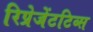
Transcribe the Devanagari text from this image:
रिप्रेजेंटटिव्स